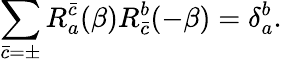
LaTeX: \sum_{\bar{c}=\pm}R_{a}^{\bar{c}}(\beta)R_{\bar{c}}^{b}(-\beta)=\delta_{a}^{b}.